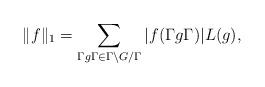
LaTeX: \begin{align*}\Vert f\Vert_1=\sum_{\Gamma g\Gamma\in \Gamma\backslash G/\Gamma} \vert f(\Gamma g\Gamma)\vert L(g),\end{align*}